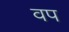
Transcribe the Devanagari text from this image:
वप